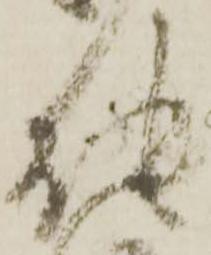
能